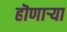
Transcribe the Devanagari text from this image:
हॊणाऱ्या